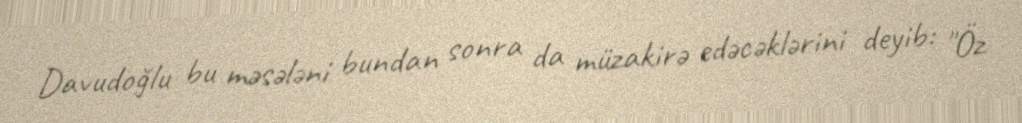
Davudoğlu bu məsələni bundan sonra da müzakirə edəcəklərini deyib: "Öz